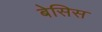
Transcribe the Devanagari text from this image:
बेसिस